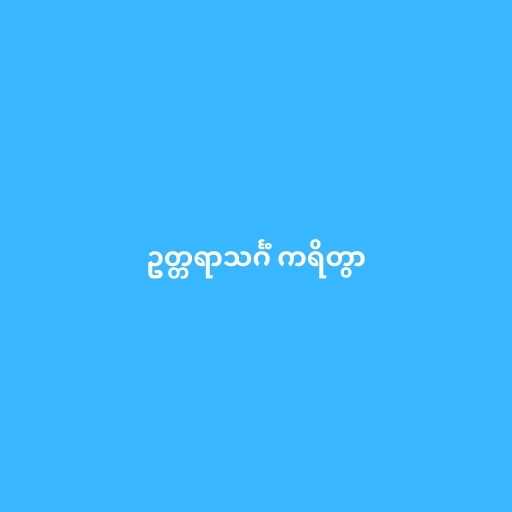
ဥတ္တရာသင်္ဂံ ကရိတွာ